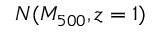
N ( M _ { 5 0 0 } , z = 1 )